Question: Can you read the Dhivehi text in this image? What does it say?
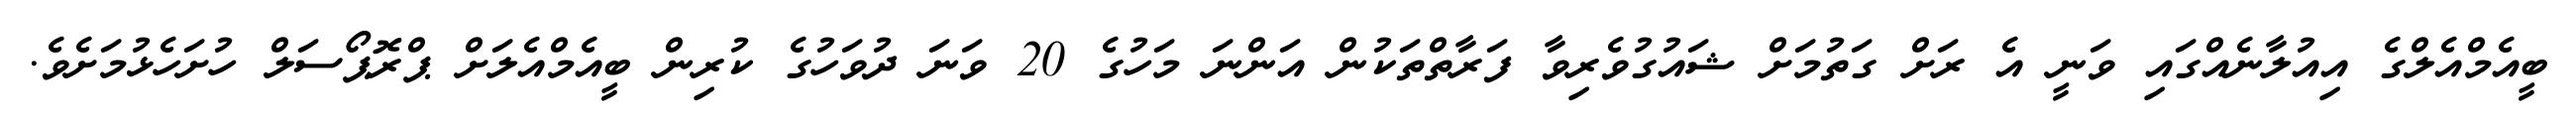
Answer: ބީއެމްއެލްގެ އިއުލާނެއްގައި ވަނީ އެ ރަށް ގަތުމަށް ޝައުގުވެރިވާ ފަރާތްތަކުން އަންނަ މަހުގެ 20 ވަނަ ދުވަހުގެ ކުރިން ބީއެމްއެލަށް ޕްރޮޕޯސަލް ހުށަހެޅުމަށެވެ.